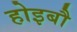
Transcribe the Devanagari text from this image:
होइबौ